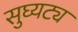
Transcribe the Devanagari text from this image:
सुघ्यट्य